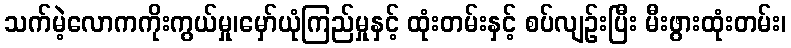
သက်မဲ့လောကကိုးကွယ်မှု၊မှော်ယုံကြည်မှုနှင့် ထုံးတမ်းနှင့် စပ်လျဉ်းပြီး မီးဖွားထုံးတမ်း၊